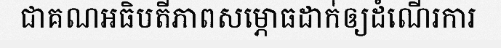
ជាគណអធិបតីភាពសម្ភោធដាក់ឲ្យដំណើរការ